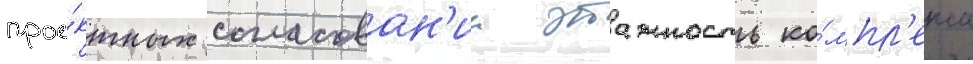
прое́ктных согласован'ии этажность ко́мпл'екса